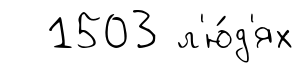
1503 л'ю́д'ях